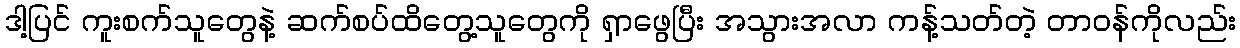
ဒါ့ပြင် ကူးစက်သူတွေနဲ့ ဆက်စပ်ထိတွေ့သူတွေကို ရှာဖွေပြီး အသွားအလာ ကန့်သတ်တဲ့ တာဝန်ကိုလည်း